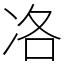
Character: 𠗂